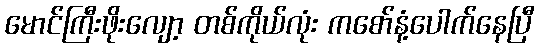
မောင်ကြီးဖိုးလျော့ တစ်ကိုယ်လုံး ကစော်နံ့ပေါက်နေပြီ